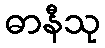
ဓာနီသု